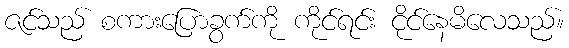
ဇင်သည် စကားပြောခွက်ကို ကိုင်ရင်း ငိုင်နေမိလေသည်။